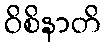
ဝိစိနာတိ